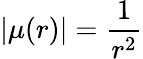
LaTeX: |\mu(r)|=\frac{1}{r^{2}}